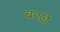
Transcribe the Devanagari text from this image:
बरडे